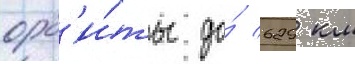
орб'и́ты до́ 629 км